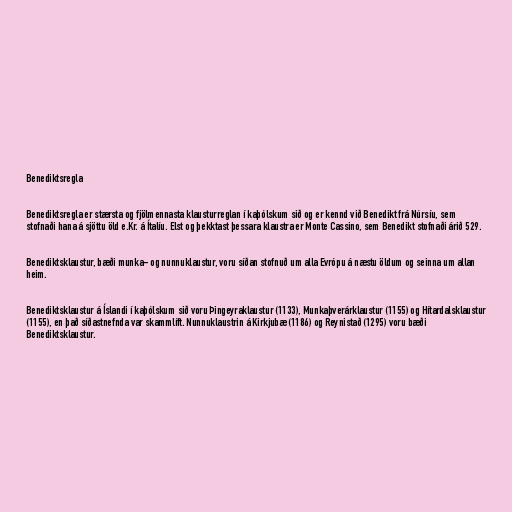
Benediktsregla

Benediktsregla er stærsta og fjölmennasta klausturreglan í kaþólskum sið og er kennd við Benedikt frá Núrsíu, sem
stofnaði hana á sjöttu öld e.Kr. á Ítalíu. Elst og þekktast þessara klaustra er Monte Cassino, sem Benedikt stofnaði árið 529.

Benediktsklaustur, bæði munka- og nunnuklaustur, voru síðan stofnuð um alla Evrópu á næstu öldum og seinna um allan
heim.

Benediktsklaustur á Íslandi í kaþólskum sið voru Þingeyraklaustur (1133), Munkaþverárklaustur (1155) og Hítardalsklaustur
(1155), en það síðastnefnda var skammlíft. Nunnuklaustrin á Kirkjubæ (1186) og Reynistað (1295) voru bæði
Benediktsklaustur.